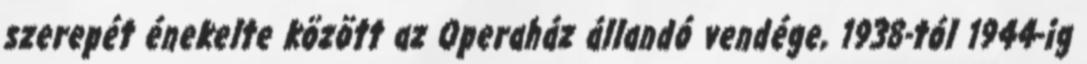
szerepét énekelte között az Operaház állandó vendége, 1938-tól 1944-ig